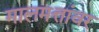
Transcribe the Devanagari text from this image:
मालमत्तांवर